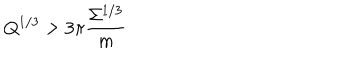
Q ^ { 1 / 3 } > 3 \pi \frac { \Sigma ^ { 1 / 3 } } m